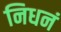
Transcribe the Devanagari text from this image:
निधनं